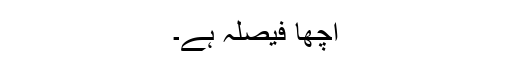
اچھا فیصلہ ہے۔